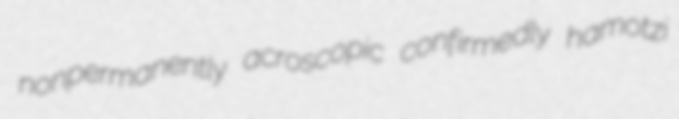
nonpermanently acroscopic confirmedly hamotzi